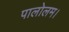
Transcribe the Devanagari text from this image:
पालोलम।